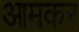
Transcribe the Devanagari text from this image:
आमकर